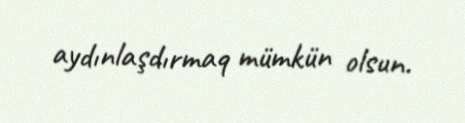
aydınlaşdırmaq mümkün olsun.